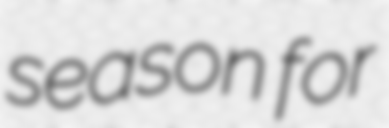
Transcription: season for